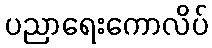
ပညာရေးကောလိပ်